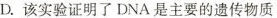
D. 该实验证明了 DNA 是主要的遗传物质